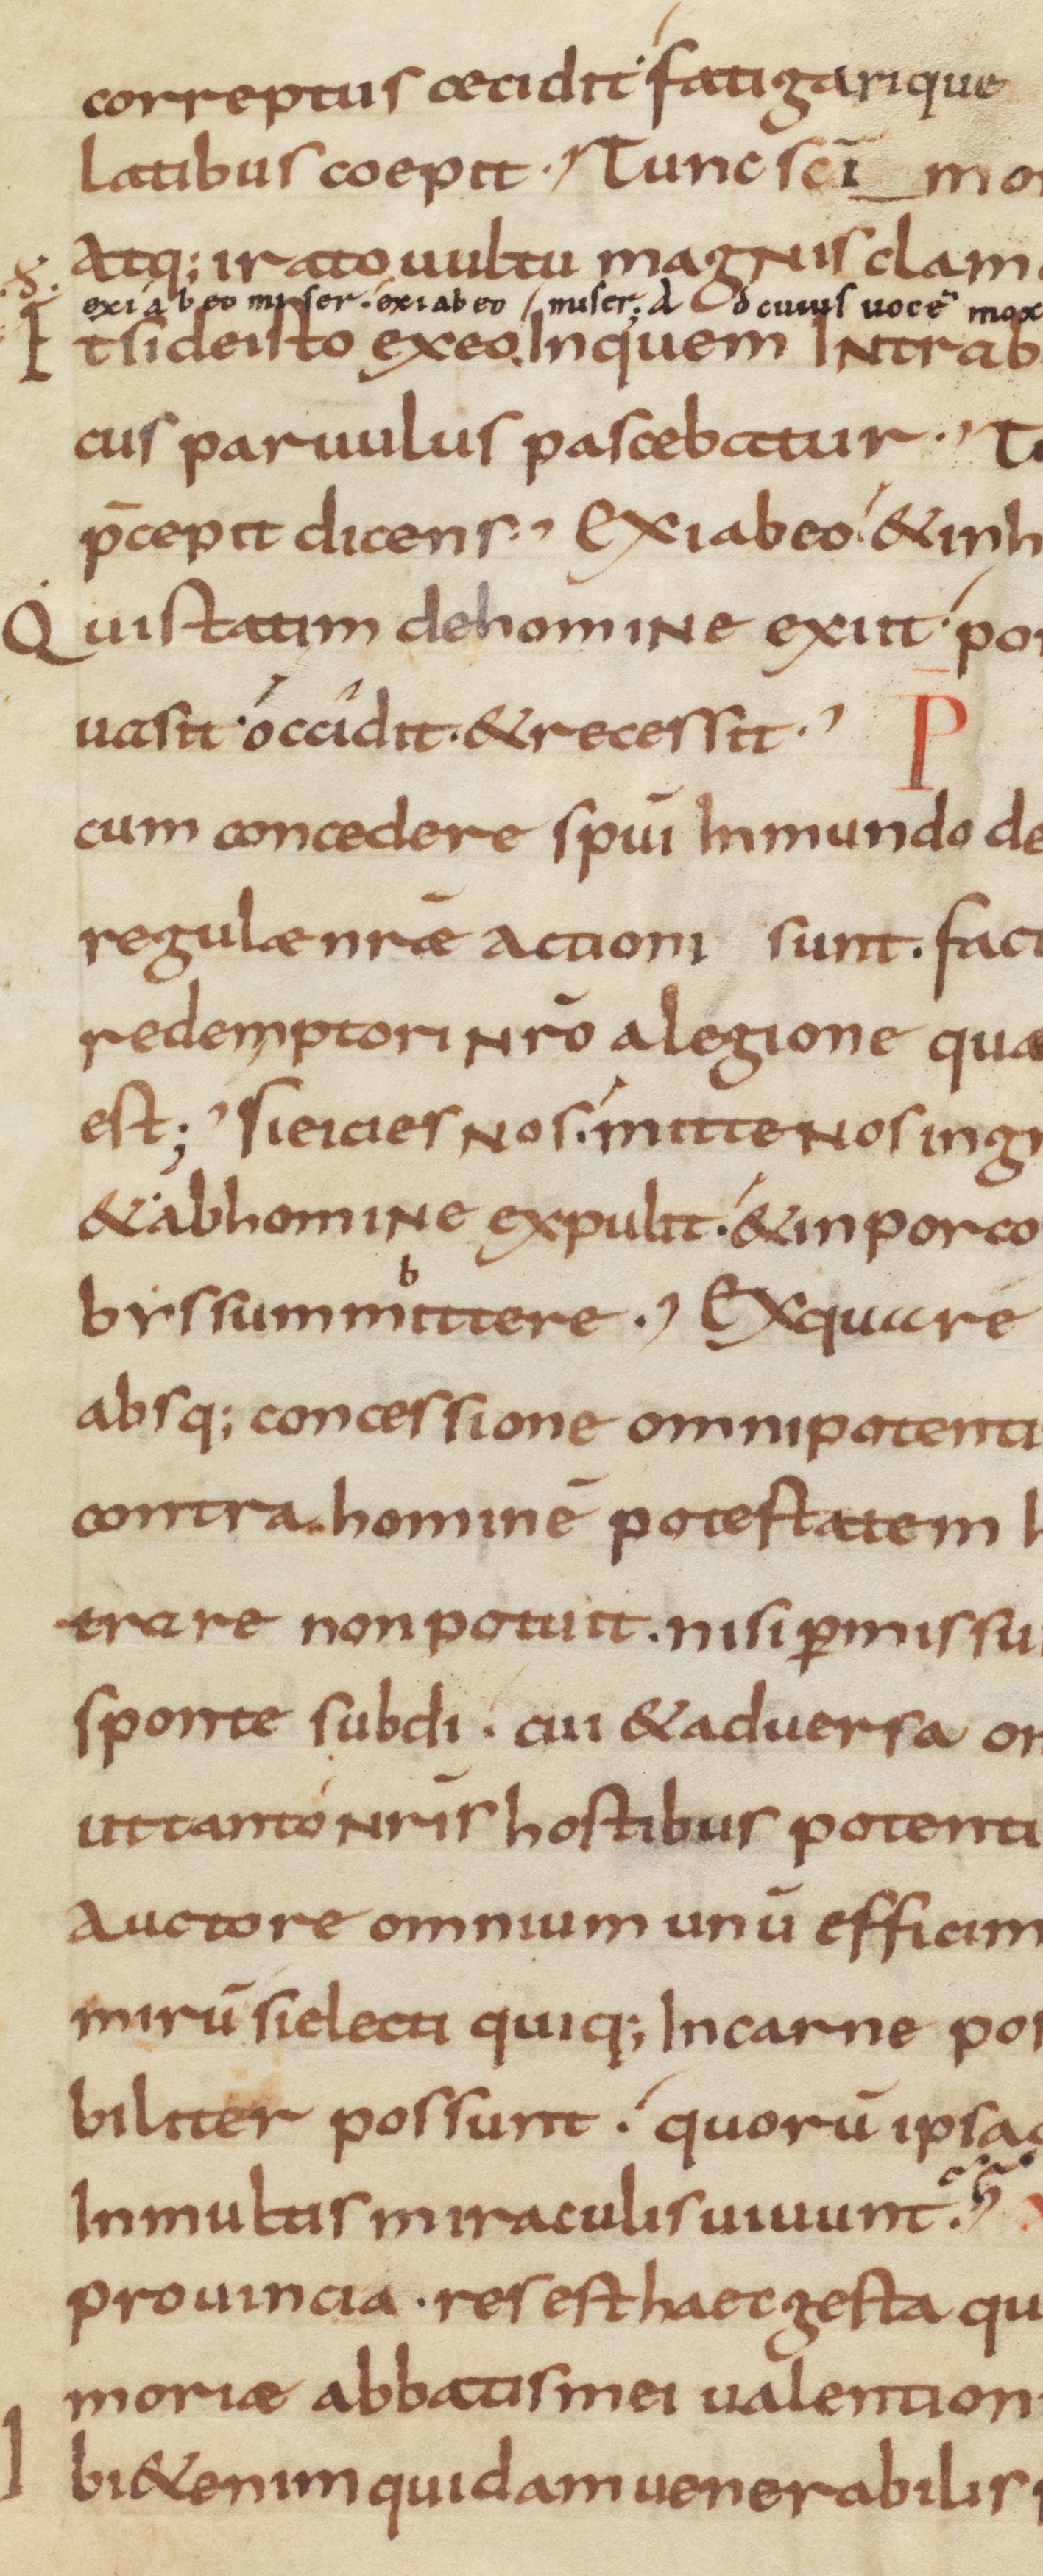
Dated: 900–999